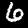
Digit: 6